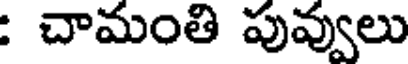
: చామంతి పువ్వులు